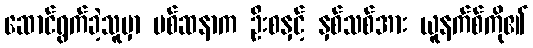
ဆောင်ရွက်ခဲ့သူမှာ မစ်ဆနာက ဦးစနှင့် နှစ်သစ်အား ယူနက်စ်ကို၏